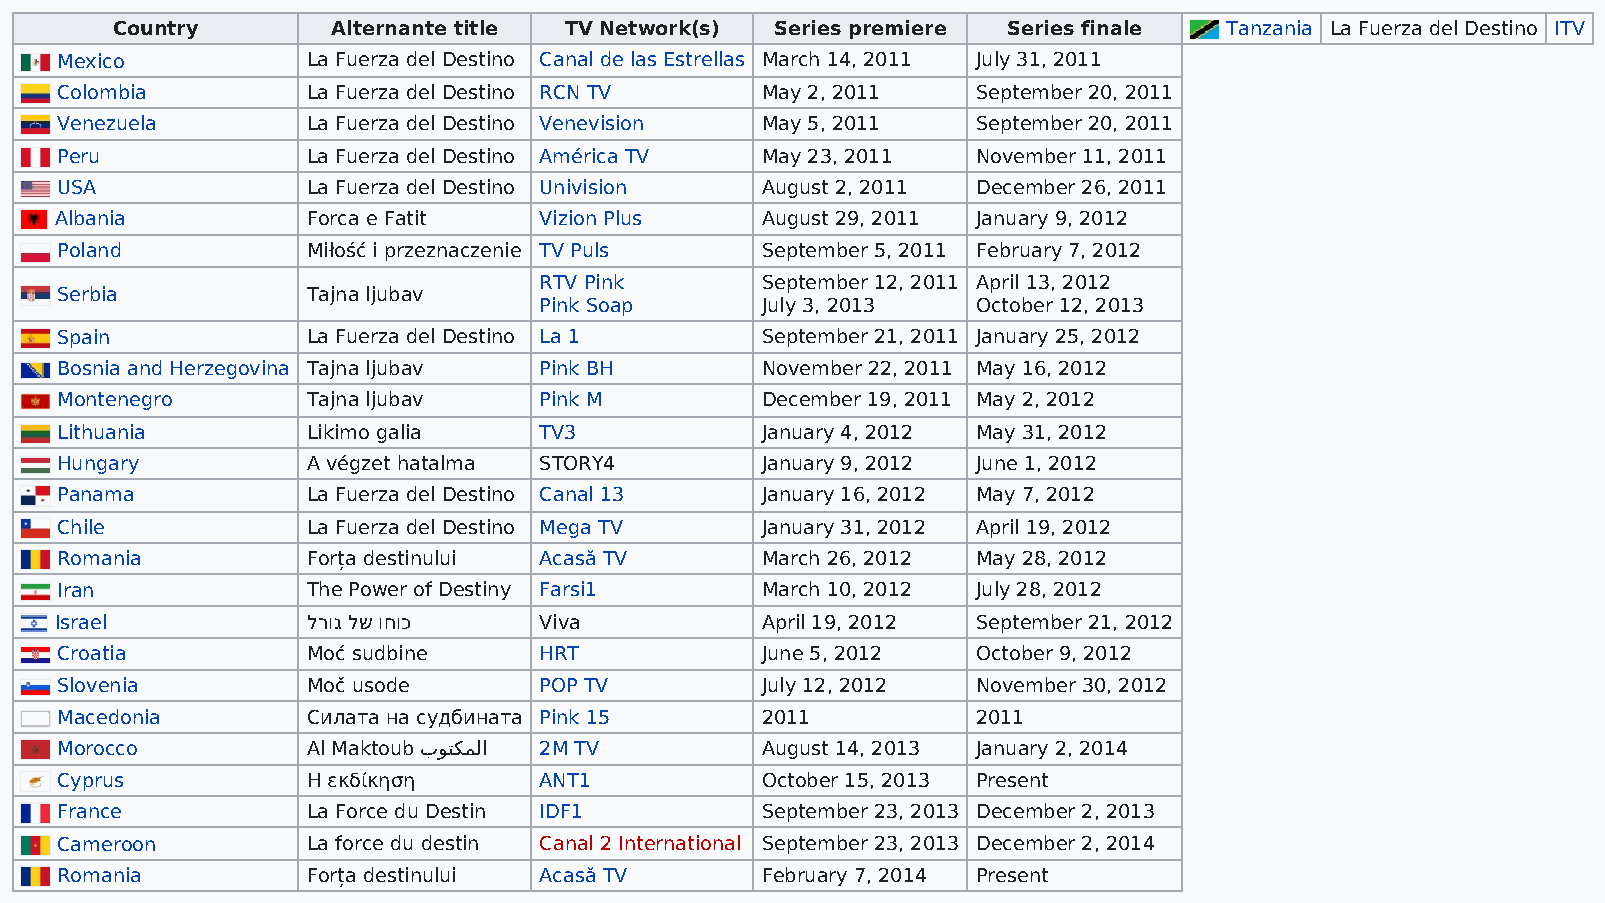
Country        Alternante title TV Network(s) Series premiere Series finale Tanzania La Fuerza del Destino ITV
 Mexico          La Fuerza del Destino Canal de las Estrellas March 14, 2011 July 31, 2011
 Colombia        La Fuerza del Destino RCN TV  May 2, 2011    September 20, 2011
 Venezuela       La Fuerza del Destino Venevision May 5, 2011 September 20, 2011
 Peru            La Fuerza del Destino América TV May 23, 2011 November 11, 2011
 USA             La Fuerza del Destino Univision August 2, 2011 December 26, 2011
 Albania         Forca e Fatit   Vizion Plus   August 29, 2011 January 9, 2012
 Poland          Miłość i przeznaczenie TV Puls September 5, 2011 February 7, 2012
 RTV Pink      September 12, 2011 April 13, 2012
 Serbia          Tajna ljubav
 Pink Soap     July 3, 2013   October 12, 2013
 Spain           La Fuerza del Destino La 1    September 21, 2011 January 25, 2012
 Bosnia and Herzegovina Tajna ljubav Pink BH   November 22, 2011 May 16, 2012
 Montenegro      Tajna ljubav    Pink M        December 19, 2011 May 2, 2012
 Lithuania       Likimo galia    TV3           January 4, 2012 May 31, 2012
 Hungary         A végzet hatalma STORY4       January 9, 2012 June 1, 2012
 Panama          La Fuerza del Destino Canal 13 January 16, 2012 May 7, 2012
 Chile           La Fuerza del Destino Mega TV January 31, 2012 April 19, 2012
 Romania         Forța destinului Acasă TV     March 26, 2012 May 28, 2012
 Iran            The Power of Destiny Farsi1   March 10, 2012 July 28, 2012
 Israel          לרוג לש וחוכ    Viva          April 19, 2012 September 21, 2012
 Croatia         Moć sudbine     HRT           June 5, 2012   October 9, 2012
 Slovenia        Moč usode       POP TV        July 12, 2012  November 30, 2012
 Macedonia       Силата на судбината Pink 15   2011           2011
 Morocco         Al Maktoub بﻮﺘﻜﻤﻟا 2M TV      August 14, 2013 January 2, 2014
 Cyprus          Η εκδίκηση      ANT1          October 15, 2013 Present
 France          La Force du Destin IDF1       September 23, 2013 December 2, 2013
 Cameroon        La force du destin Canal 2 International September 23, 2013 December 2, 2014
 Romania         Forța destinului Acasă TV     February 7, 2014 Present